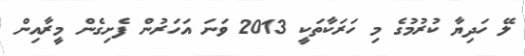
ލޭ ހަދިޔާ ކުރުމުގެ މި ހަރަކާތަކީ 2013 ވަނަ އަހަރުން ފެށިގެން މީރާއިން